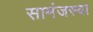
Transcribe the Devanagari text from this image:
सामंजस्या